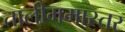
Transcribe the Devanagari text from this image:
तालीममास्तर